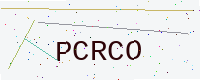
Text: PCRCO